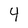
Character: 4